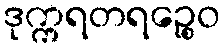
ဒုက္ကရတရဉ္စေဝ